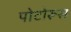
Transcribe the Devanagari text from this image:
पोटोरूस